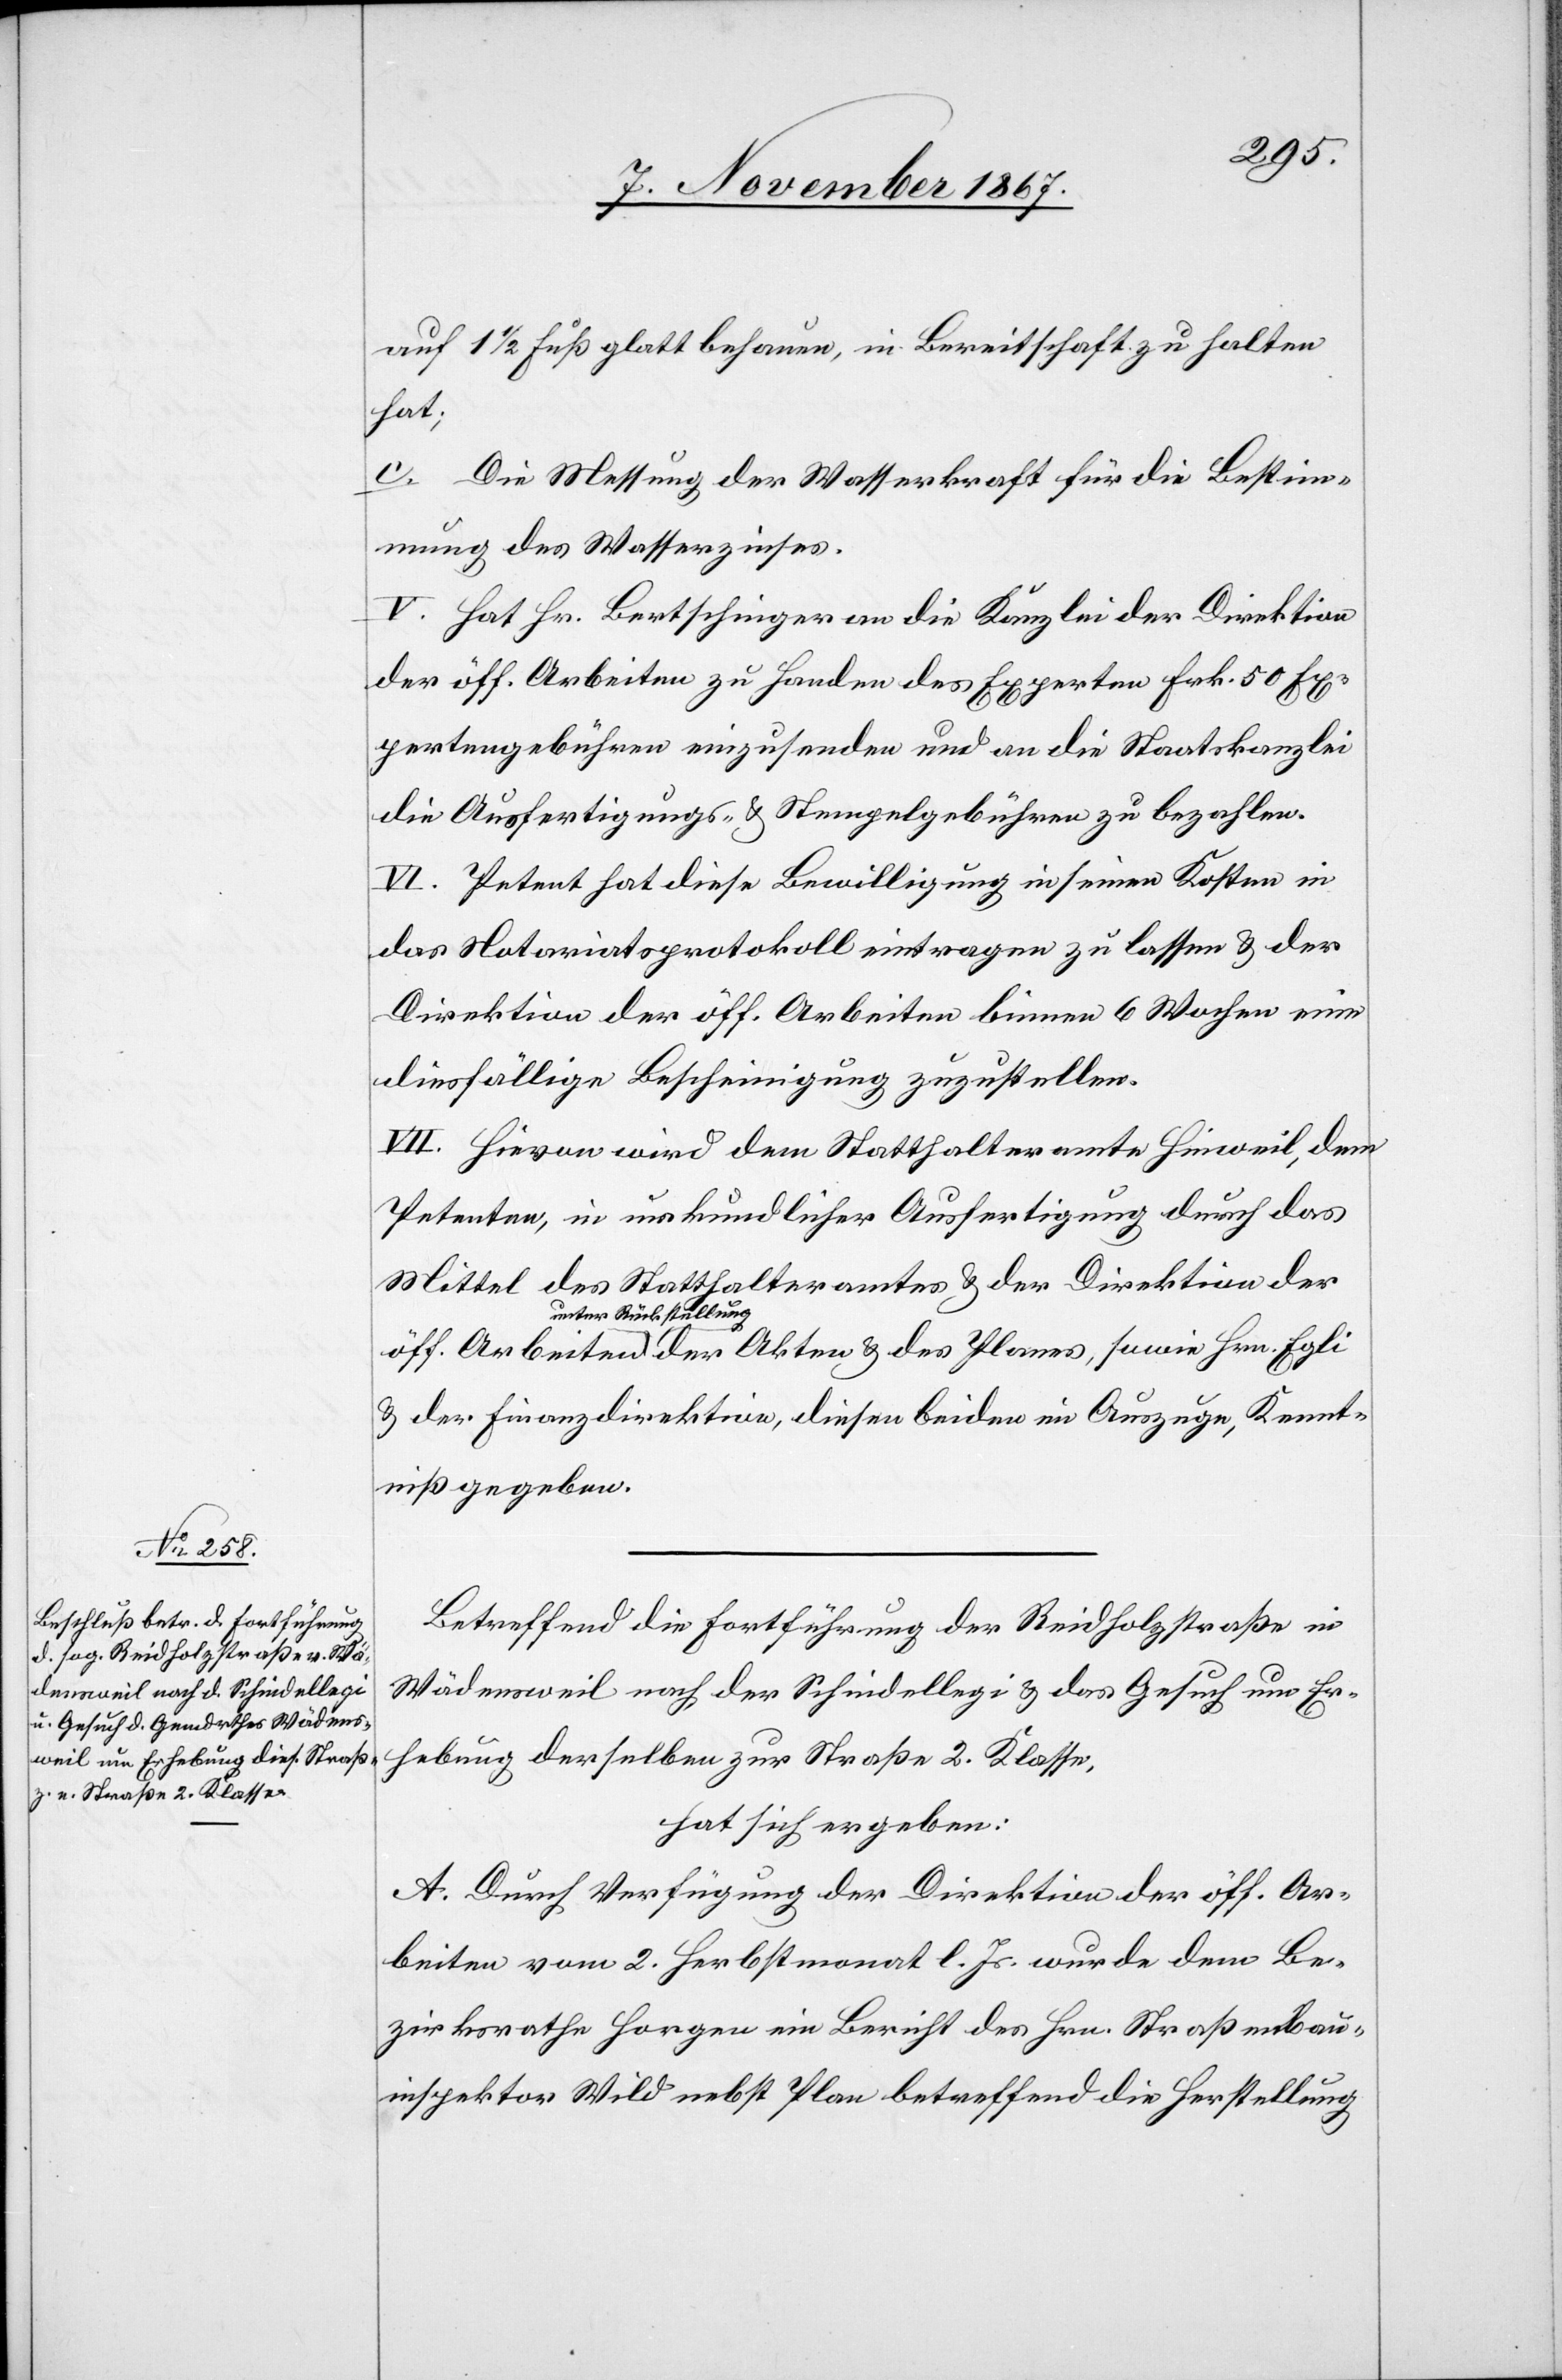
auf 1 1/2 Fuß glatt behauen, in Bereitschaft zu halten
hat;
c. Die Messung der Wasserkraft für die Bestim¬
mung des Wasserzinses.
V. Hat Hr. Bertschinger an die Kanzlei der Direktion
der öff. Arbeiten zu Handen des Experten Frk. 50 Ex¬
pertengebühren einzusenden und an die Staatskanzlei
die Ausfertigungs- u. Stempelgebühren zu bezahlen.
VI. Petent hat diese Bewilligung in seinen Kosten in
das Notariatsprotokoll eintragen zu lassen u. der
Direktion der öff. Arbeiten binnen 6 Wochen eine
diesfällige Bescheinigung zuzustellen.
VII. Hievon wird dem Statthalteramte Hinweil, dem
Petenten, in urkundlicher Ausfertigung durch das
Mittel des Statthalteramtes u. der Direktion der
unter Rückstellung
u. der Finanzdirektion, diesen beiden im Auszuge, Kennt¬
niß gegeben.
Betreffend die Fortführung der Reidholzstraße in
Wädensweil nach der Schindellegi u. das Gesuch um Er¬
hebung derselben zur Straße 2. Klasse,
hat sich ergeben:
A. Durch Verfügung der Direktion der öff. Ar¬
beiten vom 2. Herbstmonat l. Js. wurde dem Be¬
zirksrathe ein Bericht des Hrn. Straßenbau¬
inspektor Wild nebst Plan betreffend die Herstellung